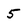
Character: 5